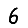
Digit: 6